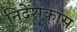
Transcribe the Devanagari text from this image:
निदेशकास